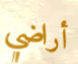
أراضي